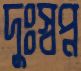
দুঃস্বপ্ন